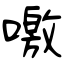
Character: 噭